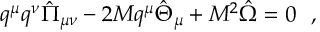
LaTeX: q ^ { \mu } q ^ { \nu } { \hat { \Pi } } _ { \mu \nu } - 2 M q ^ { \mu } { \hat { \Theta } } _ { \mu } + M ^ { 2 } \hat { \Omega } = 0 ~ ~ ,